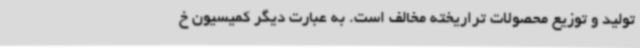
تولید و توزیع محصولات تراریخته مخالف است. به عبارت دیگر کمیسیون خ